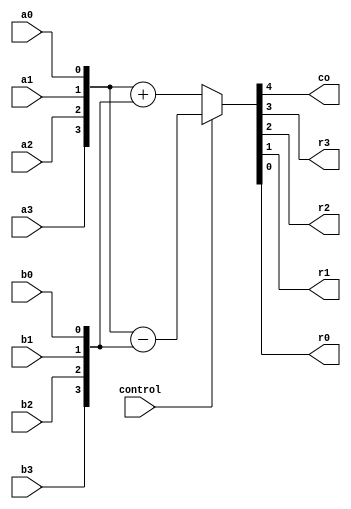
module addsub(co,r3,r2,r1,r0,a3,a2,a1,a0,b3,b2,b1,b0,control);
    output co,r3,r2,r1,r0;
    input  a3,a2,a1,a0,b3,b2,b1,b0,control;

    assign
    {co,r3,r2,r1,r0}=control?{a3,a2,a1,a0}-{b3,b2,b1,b0}:{a3,a2,a1,a0}+{b3,b2,b1,b0};
endmodule